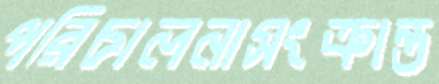
পরিচালনাসংক্রান্ত